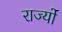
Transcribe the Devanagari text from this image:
राज्योंं